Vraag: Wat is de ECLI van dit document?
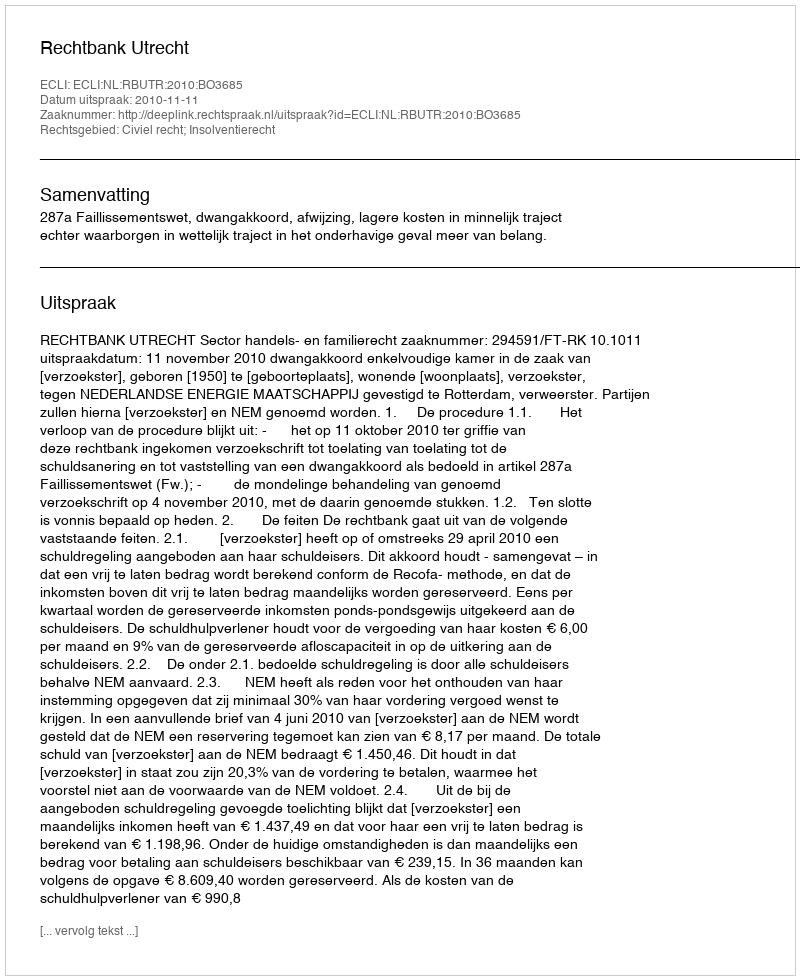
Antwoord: ECLI:NL:RBUTR:2010:BO3685